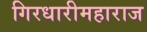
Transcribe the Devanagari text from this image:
गिरधारीमहाराज